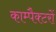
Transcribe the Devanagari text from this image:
काम्पैक्टरों